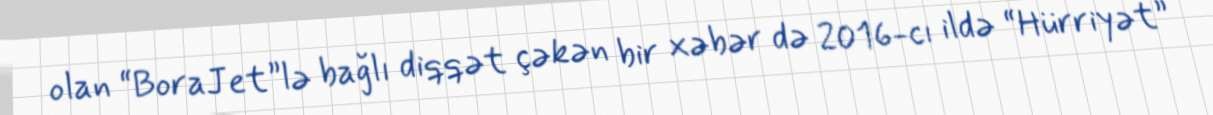
olan “BoraJet”lə bağlı diqqət çəkən bir xəbər də 2016-cı ildə “Hürriyət”